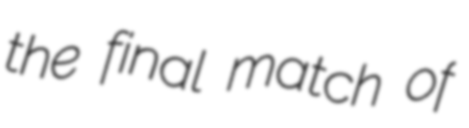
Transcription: the final match of